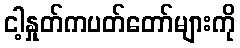
ငါ့နှုတ်ကပတ်တော်များကို